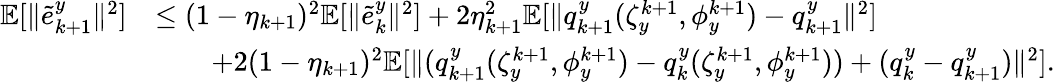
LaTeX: \begin{array}{rl}{\mathbb{E}[\| \tilde{e}_{k+1}^{y}\| ^{2}]}&{\le(1-\eta_{k+1})^{2}\mathbb{E}[\| \tilde{e}_{k}^{y}\| ^{2}]+2\eta_{k+1}^{2}\mathbb{E}[\| q_{k+1}^{y}(\zeta_{y}^{k+1},\phi_{y}^{k+1})-q_{k+1}^{y}\| ^{2}]}\\ &{\qquad+2(1-\eta_{k+1})^{2}\mathbb{E}[\| (q_{k+1}^{y}(\zeta_{y}^{k+1},\phi_{y}^{k+1})-q_{k}^{y}(\zeta_{y}^{k+1},\phi_{y}^{k+1}))+(q_{k}^{y}-q_{k+1}^{y})\| ^{2}].}\end{array}